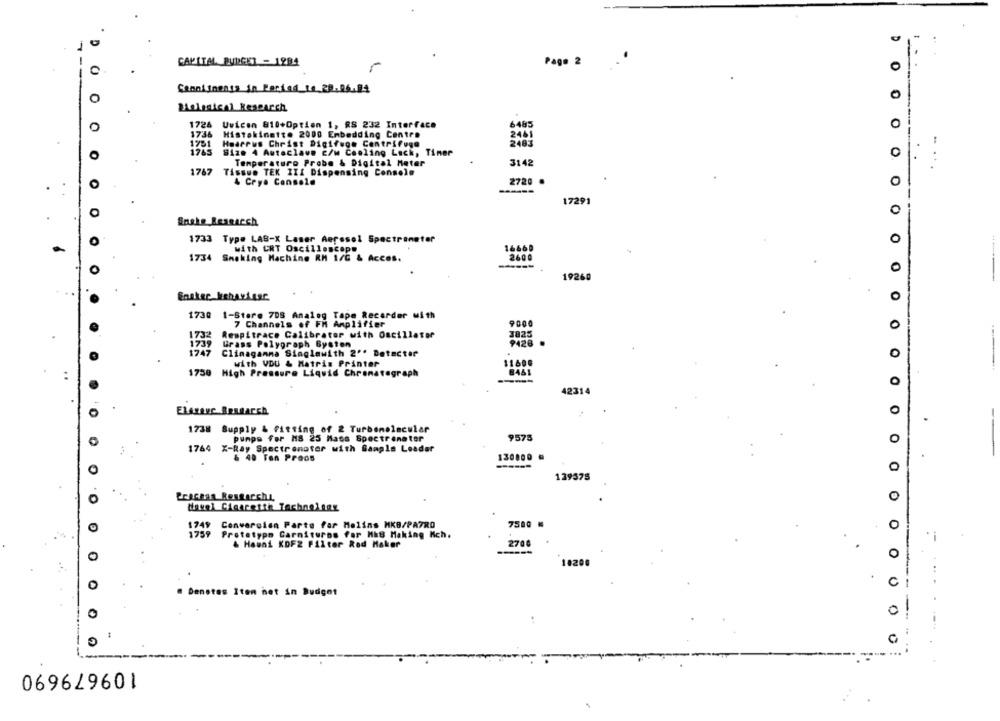
D
CAPITAL BUDGET - 1984
Page 2
0
Cenni inents in Period_10_29.06.84
0
O
Belastenl Research
6485
O
1726 Uvicen 810+Option 1, RS 232 Interface
O
17:36
Histokinette 2000 Embedding Centre
2461
1781
Haarrus Christ Digifuge Centrifuge
2483
1765
Size 4 Autoclave c/w Cooling Lack, Tiner
0
Temperature Probe & Digital Meter
3142
1767
Tissue TEK III Dispensing Console
2720
0
4 Cryo Console
17291
Snake Research
1733 Type LAB-X Laser Aerosol Spectrometer
0
with CRT Oscilloscope
16660
1734 Smoking Machine RM 1/G & Acces.
2600
O
0
19260
O
1730 1-Store 7DS Analog Tape Recorder with
7 Channels of FM Amplifier
9000
0
1732
Respitrace Calibrator with Oscillator
3825
1739
Grass Polygraph Bysten
9428
1747
Clinagamma Singlawith 2'' Detectar
0
11600
with VDU & Matrix Printer
1750
High Pressure Liquid Chromatograph
8461
-----
O
42314
ELAzone Research
1738 Supply & Fitting of 2 Turbomolecular
pumpe for MS 25 Mass Spectrometer
9575
O
1764 X-Ray Spectrenoter with Sample Leader
& 40 Ton Proos
130800
129375
Prachan Researchy
O
tawel Cigarette Technology
1749 Conversion Parte far Melins MKB/PATRO
7500 M
O
1759 Prototypo Carnituros for His Making Kch.
& Hawai KDF2 Filter Rad Maker
2700
O
0
10200
0
C
Denotas Iten het in Budget
0
109679690